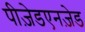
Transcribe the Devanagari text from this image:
पीज़ेडएनज़ेड